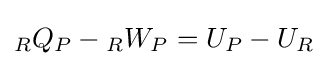
{}_{R}Q_{P}-{}_{R}W_{P}=U_{P}-U_{R}